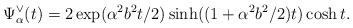
LaTeX: \begin{align*}\Psi _{\alpha }^{\vee }(t)=2\exp (\alpha ^{2}b^{2}t/2)\sinh ((1+\alpha^{2}b^{2}/2)t)\cosh t. \end{align*}